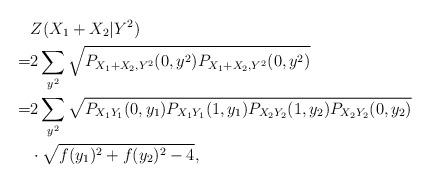
LaTeX: \begin{align*}&Z(X_1+X_2|Y^2)\\=&2\sum_{y^2}\sqrt{P_{X_1+X_2,Y^2}(0,y^2)P_{X_1+X_2,Y^2}(0,y^2)}\\=&2\sum_{y^2}\sqrt{P_{X_1Y_1}(0,y_1)P_{X_1Y_1}(1,y_1)P_{X_2Y_2}(1,y_2)P_{X_2Y_2}(0,y_2)}\\&\cdot\sqrt{f(y_1)^2+f(y_2)^2-4},\end{align*}